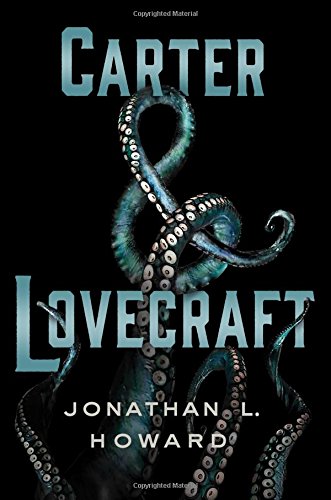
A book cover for Carter & Lovecraft; Jonathan L. Howard; Science Fiction & Fantasy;